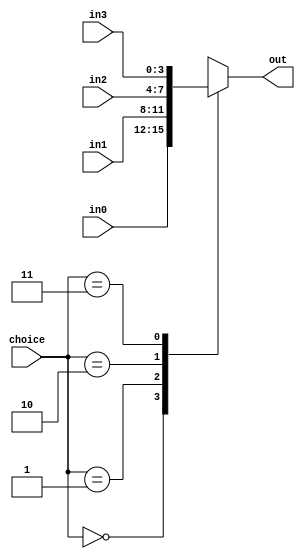
`timescale 1ns / 1ps
//////////////////////////////////////////////////////////////////////////////////
// Company: 
// Engineer: 
// 
// Design Name: 
// Module Name: Mux4_4bits
// Project Name: 
// Target Devices: 
// Tool Versions: 
// Description: 
// 
// Dependencies: 
// 
// Revision:
// Revision 0.01 - File Created
// Additional Comments:
// 
//////////////////////////////////////////////////////////////////////////////////


module Mux4_4bits(
    input [1:0] choice,
    input [3:0] in0, in1, in2, in3,
    output reg [3:0] out
    );
    
    always @(*) begin
        case(choice)
            0: out <= in0;
            1: out <= in1;
            2: out <= in2;
            3: out <= in3;
        endcase
    end
    
endmodule